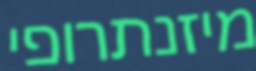
מיזנתרופי